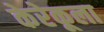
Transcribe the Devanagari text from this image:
केरेकूला